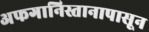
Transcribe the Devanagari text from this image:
अफगानिस्तानापासून